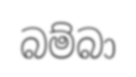
බම්බා